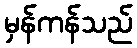
မှန်ကန်သည်